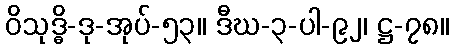
ဝိသုဒ္ဓိ-ဒု-အုပ်-၅၃။ ဒီဃ-၃-ပါ-၉၂၊ ဋ္ဌ-၇၈။